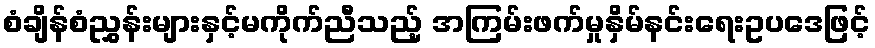
စံချိန်စံညွှန်းများနှင့်မကိုက်ညီသည့် အကြမ်းဖက်မှုနှိမ်နင်းရေးဥပဒေဖြင့်